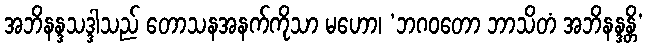
အဘိနန္ဒသဒ္ဒါသည် တောသနအနက်ကိုသာ မဟော၊ ‘ဘဂဝတော ဘာသိတံ အဘိနန္ဒန္တိ’